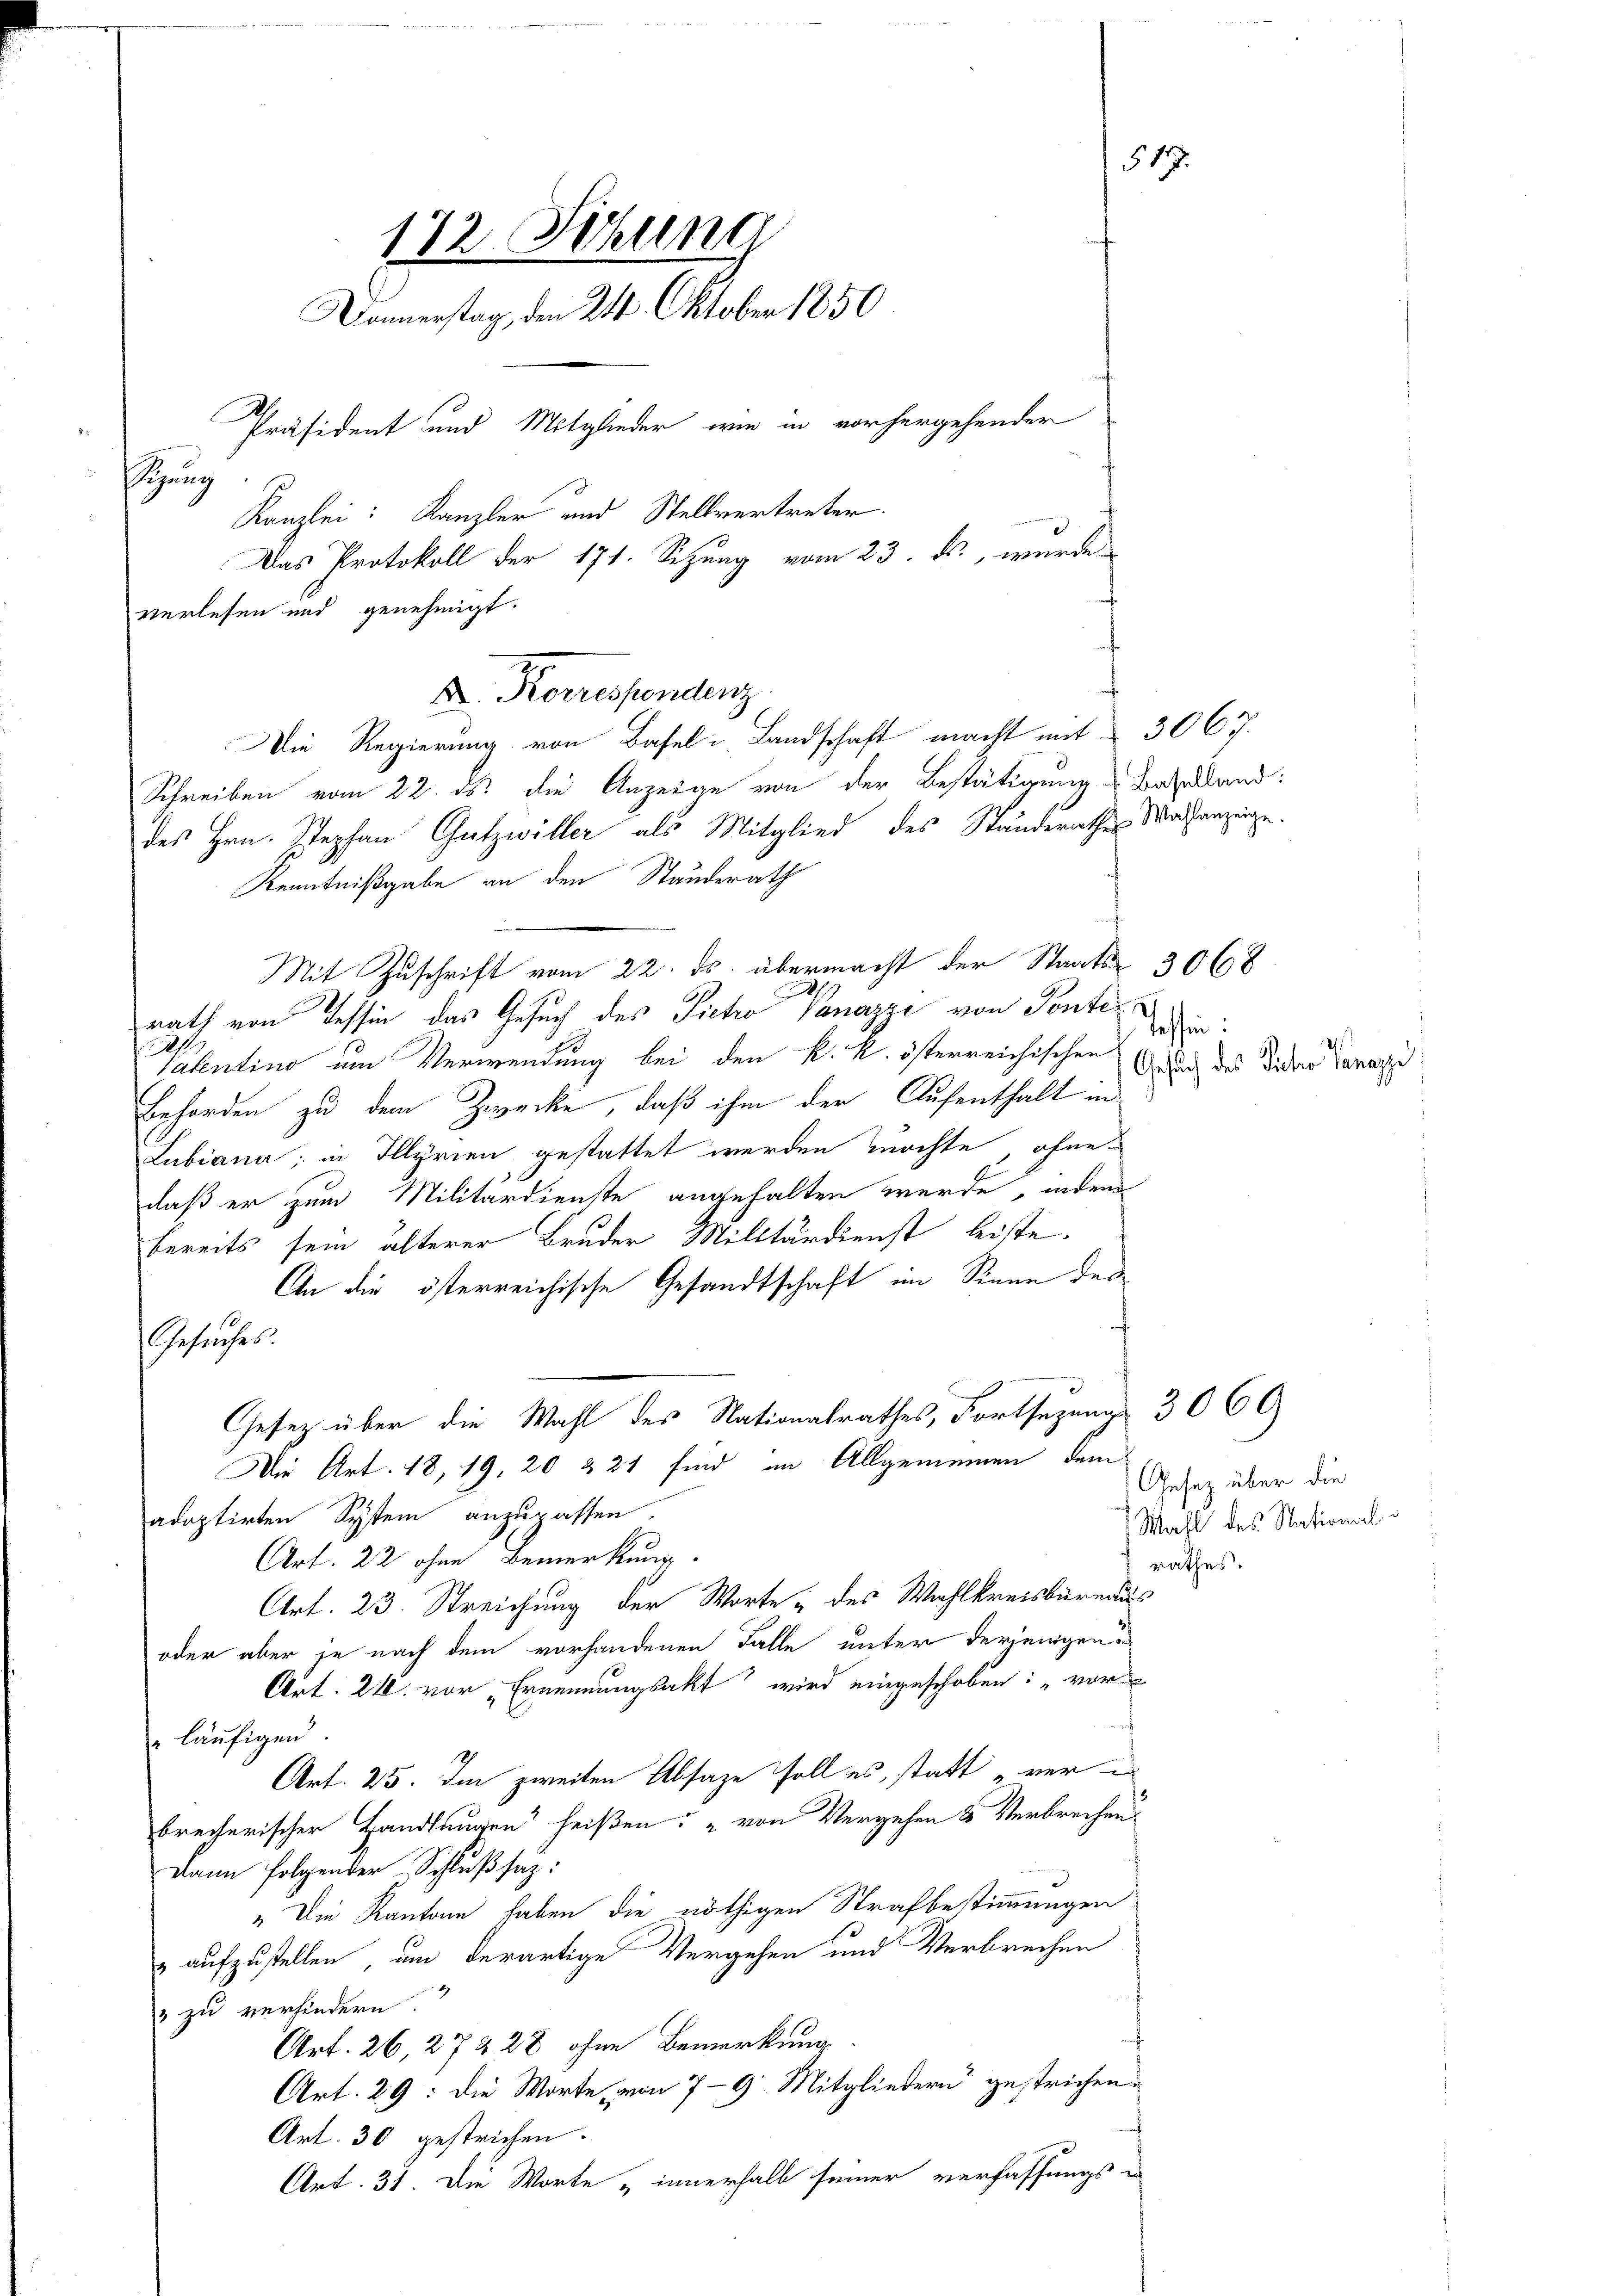
172. Sitzung
Donnerstag, den 24. Oktober 1850.
F
Präsident und Mitglieder, wie in vorhergehender
Sitzung
Kanzlei: Kanzler und Stellvertreter.
Das Protokoll der 171. Setzung vom 23. ds., wurde
verlesen und genehmigt.

Schreiben vom 22. ds. die Anzeige von der Bestätigung Baselland:
e
Mit Zuschrift vom 22. ds. übermacht der Staats-
.
rath von Tessin, das Gesuch des Pietro Vanazzi von Ponte
2
Patentino um Verwendung bei den k. k. österreichischen
Behörden zu dem Zwecke, daß ihm der Aufenthalt in
Lubiana; in Illyrien gestattet werden fürchte, ohne
daß er zum Militärdienste angehalten werde, indem
bereits sein älterer Bruder Militärdienst leiste.
An die österreichische Gesandtschaft im Sinne des
Gesuches.
Gesetz über die Wahl des Nationalrathes, Fortsezung 3060
Die Art. 18, 19, 20 & 21 sind im Allgemeinen dem
adoptirten System anzupassen.
Art. 22 ohne Bemerkung.
Art. 23. Streichung der Worte „des Wahlkreisbureaus
oder aber je nach dem vorhandenen Falle unter derjenigen
Art. 21. vor Ernennungsakt wird eingeschoben: „vor
" läufigen
Art. 25. Im zweiten Absage soll es, statt „ver
brecherischer Handlungen“ heißen: " von Vergehen & Verbrechen
Dann folgender Schlußsaz:
„Die Kantone haben die nöthigen Strafbestimmungen
& aufzustellen, um derartige Vergehen und Verbrechen
3 zu verhindern.
Art. 26, 27 & 28 ohne Bemerkung
Art. 29: Die Worte, von 7-9 Mitgliedern gestrichen.
Art. 30 gestrichen.
Art. 31. Die Worte „innerhalb seiner verfassungs e

F. Korrespondenz.
Die Regierung von Basel-Landschaft macht mit 30 C 7.

des Hrn. Stephan Gutzwiller als Mitglied des Standerathes Waisenzinge.
Kenntnißgabe an den Standerath

517

Tessin:
V
Gesuch des Pietro lanappe

3068

Gesetz über die
Wahl des National
rathes.